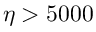
\eta > 5 0 0 0